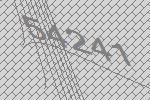
54241